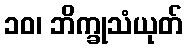
၁၀၊ ဘိက္ခုသံယုတ်